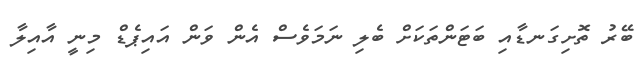
ބޭރު ތޮށިގަނޑާއި ބަޓަންތަކަށް ބެލި ނަމަވެސް އެން ވަން އައިޕެޑް މިނީ އާއިލާ